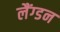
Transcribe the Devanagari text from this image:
लैंग्डन